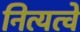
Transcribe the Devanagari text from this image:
नित्यत्वे